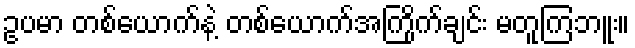
ဥပမာ တစ်ယောက်နဲ့ တစ်ယောက်အကြိုက်ချင်း မတူကြဘူး။